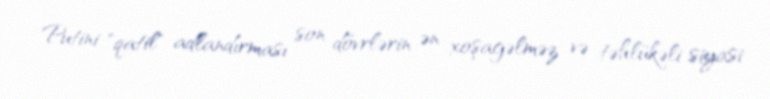
Putini "qatil" adlandırması son dövrlərin ən xoşagəlməz və təhlükəli siyasi